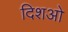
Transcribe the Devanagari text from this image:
दिशओ